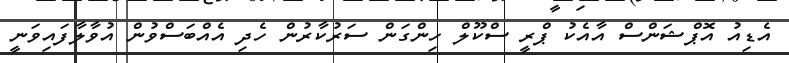
އެޑިއު އޮޕްޝަންސް އާއެކު ޕްރީ ސްކޫލް ހިންގަން ސަރުކާރުން ހެދި އެއްބަސްވުން އުވާލާފައިވަނީ